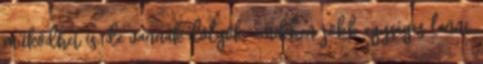
működhet is, de vannak dolgok, amikben jobb egységes lenni,